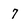
Character: 7